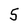
Character: 5